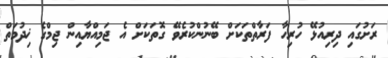
ރަށުގައި ދިރިއުޅޭ ހުރިހާ ފަރާތްތަކަށް ބޭނުންކުރެވޭ ގޮތަކަށް އެ ޖަމިއްޔާއިން ޖިމްގެ ޚިދުމަތް